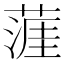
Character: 𦹹